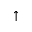
\uparrow